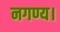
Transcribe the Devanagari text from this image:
नगण्य।